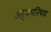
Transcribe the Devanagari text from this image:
अर्थपरिचय